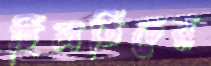
হিলডিচের